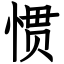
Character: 惯